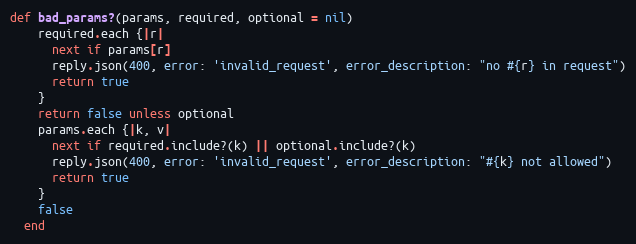
Language: Ruby
def bad_params?(params, required, optional = nil)
    required.each {|r|
      next if params[r]
      reply.json(400, error: 'invalid_request', error_description: "no #{r} in request")
      return true
    }
    return false unless optional
    params.each {|k, v|
      next if required.include?(k) || optional.include?(k)
      reply.json(400, error: 'invalid_request', error_description: "#{k} not allowed")
      return true
    }
    false
  end